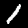
Label: 1